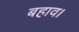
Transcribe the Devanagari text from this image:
बहाव।